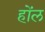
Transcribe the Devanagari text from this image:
होंल